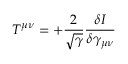
T ^ { \mu \nu } = + \frac { 2 } { \sqrt { \gamma } } \frac { \delta I } { \delta \gamma _ { \mu \nu } }